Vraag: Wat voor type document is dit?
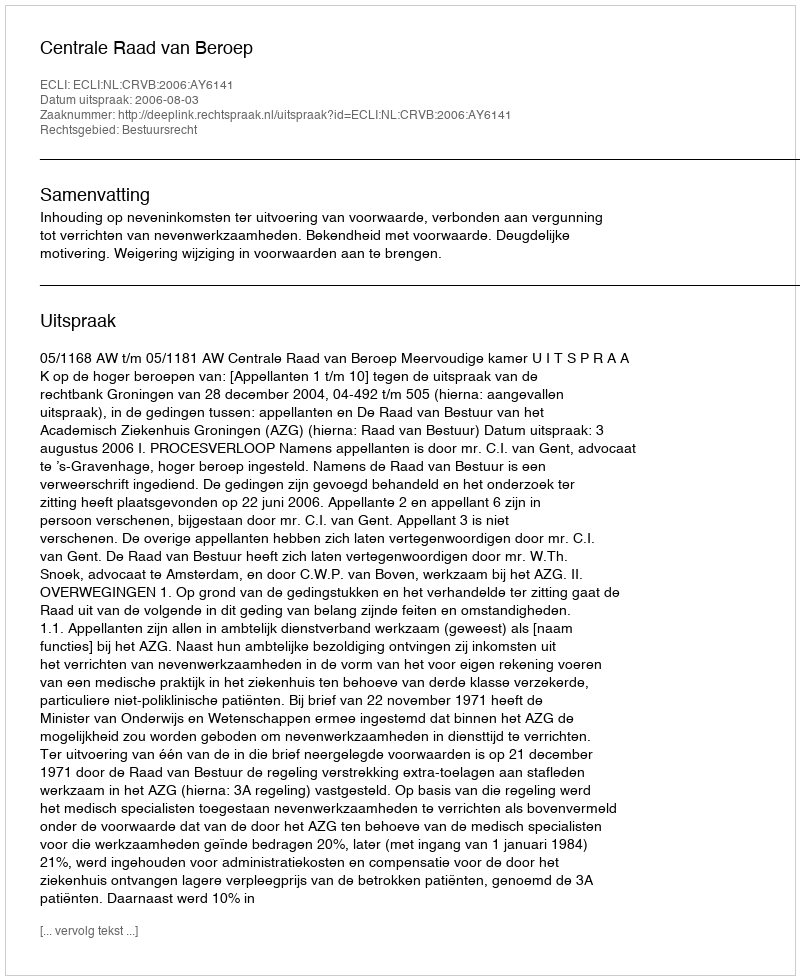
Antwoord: Uitspraak